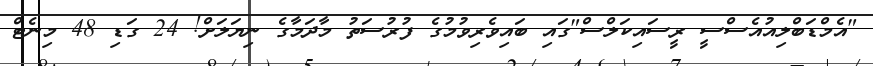
"އެމްޑަބްލިއުއެސްސީ ރީސައިކަލްސް"ގައި ބައިވެރިވުމުގެ ފުރުސަތު މާދަމާގެ ނިޔަލަށް! 24 ގަޑި 48 މިނެޓް